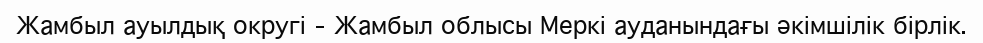
Жамбыл ауылдық округі – Жамбыл облысы Меркі ауданындағы әкімшілік бірлік.